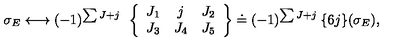
\sigma _ { E } \longleftrightarrow ( - 1 ) ^ { \sum J + j } \: \: \left\{ \begin{array} { c c c } { J _ { 1 } } & { j } & { J _ { 2 } } \\ { J _ { 3 } } & { J _ { 4 } } & { J _ { 5 } } \\ \end{array} \right\} \doteq ( - 1 ) ^ { \sum J + j } \: \{ 6 j \} ( \sigma _ { E } ) ,